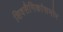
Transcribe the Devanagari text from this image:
शिवसैनिकांसमोर